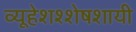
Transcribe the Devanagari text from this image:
व्यूहेशश्शेषशायी